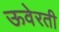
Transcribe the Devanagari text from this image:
ऊवेरती